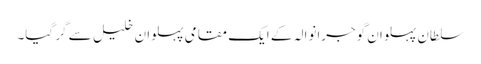
سلطان پہلوان گوجرانوالہ کے ایک مقامی پہلوان خلیل سے گر گیا۔